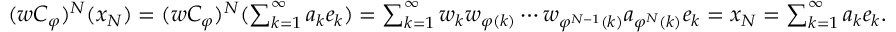
\begin{array} { r } { ( w C _ { \varphi } ) ^ { N } ( x _ { N } ) = ( w C _ { \varphi } ) ^ { N } ( \sum _ { k = 1 } ^ { \infty } { a _ { k } e _ { k } } ) = \sum _ { k = 1 } ^ { \infty } { w _ { k } w _ { \varphi ( k ) } \cdots w _ { \varphi ^ { N - 1 } ( k ) } a _ { \varphi ^ { N } ( k ) } e _ { k } } = x _ { N } = \sum _ { k = 1 } ^ { \infty } { a _ { k } e _ { k } } . } \end{array}